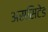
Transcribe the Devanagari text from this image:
अससिटेड